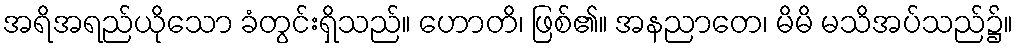
အရိအရည်ယိုသော ခံတွင်းရှိသည်။ ဟောတိ၊ ဖြစ်၏။ အနညာတေ၊ မိမိ မသိအပ်သည်၌။